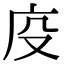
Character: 𭙔